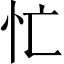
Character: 忙